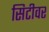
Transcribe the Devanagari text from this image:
सिटीवर